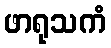
ဖာရုသကံ